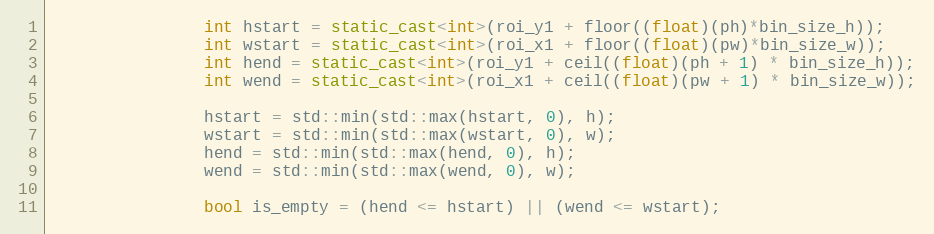
Language: C++
                int hstart = static_cast<int>(roi_y1 + floor((float)(ph)*bin_size_h));
                int wstart = static_cast<int>(roi_x1 + floor((float)(pw)*bin_size_w));
                int hend = static_cast<int>(roi_y1 + ceil((float)(ph + 1) * bin_size_h));
                int wend = static_cast<int>(roi_x1 + ceil((float)(pw + 1) * bin_size_w));

                hstart = std::min(std::max(hstart, 0), h);
                wstart = std::min(std::max(wstart, 0), w);
                hend = std::min(std::max(hend, 0), h);
                wend = std::min(std::max(wend, 0), w);

                bool is_empty = (hend <= hstart) || (wend <= wstart);